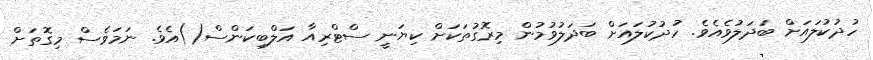
ހުދުކުލައަށް ބަދަލުވެއެވެ. ހުދުކުލައަށް ބަދަލުވުމުން މިރޮގުތަކަށް ކިޔަނީ ސްޓްރިއާ އަލްބިކަންސް()އެވެ. ނަމަވެސް މިގޮތަށް